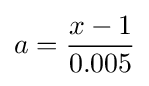
a={\frac {x-1}{0.005}}